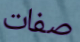
صفات